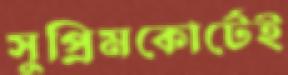
সুপ্রিমকোর্টেই